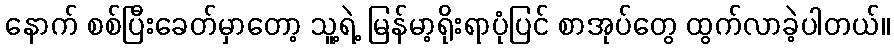
နောက် စစ်ပြီးခေတ်မှာတော့ သူ့ရဲ့ မြန်မာ့ရိုးရာပုံပြင် စာအုပ်တွေ ထွက်လာခဲ့ပါတယ်။